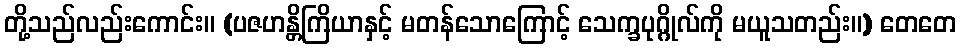
တို့သည်လည်းကောင်း။ (ပဇဟန္တိကြိယာနှင့် မတန်သောကြောင့် သေက္ခပုဂ္ဂိုလ်ကို မယူသတည်း။) တေတေ